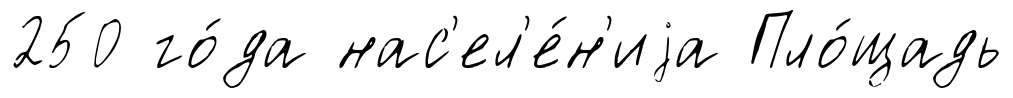
250 го́да нас'ел'е́н'иjа Пло́щадь